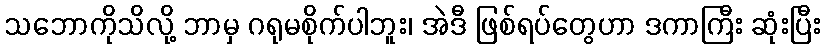
သဘောကိုသိလို့ ဘာမှ ဂရုမစိုက်ပါဘူး၊ အဲဒီ ဖြစ်ရပ်တွေဟာ ဒကာကြီး ဆုံးပြီး